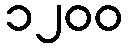
၁၂၀၀